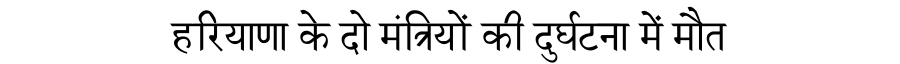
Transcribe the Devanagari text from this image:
हरियाणा के दो मंत्रियों की दुर्घटना में मौत